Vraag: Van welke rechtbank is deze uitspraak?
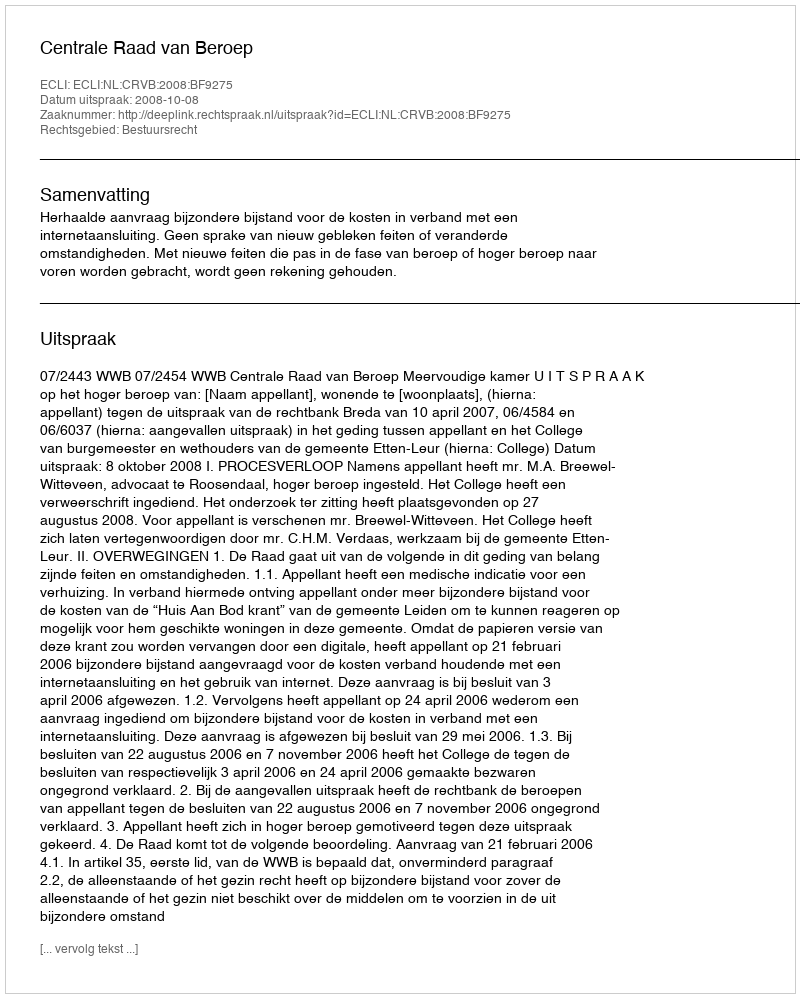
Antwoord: Centrale Raad van Beroep